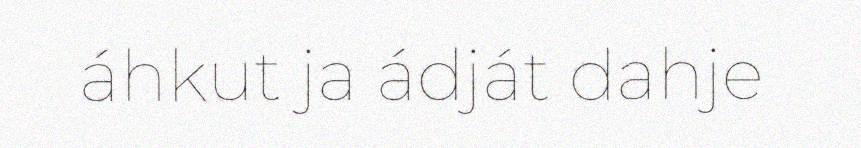
áhkut ja ádját dahje